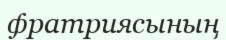
фратриясының